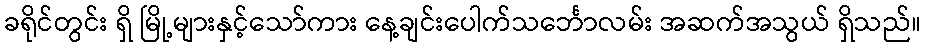
ခရိုင်တွင်း ရှိ မြို့များနှင့်သော်ကား နေ့ချင်းပေါက်သင်္ဘောလမ်း အဆက်အသွယ် ရှိသည်။